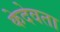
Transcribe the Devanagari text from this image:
केदेवता